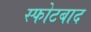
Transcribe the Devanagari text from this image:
स्फोटबाद